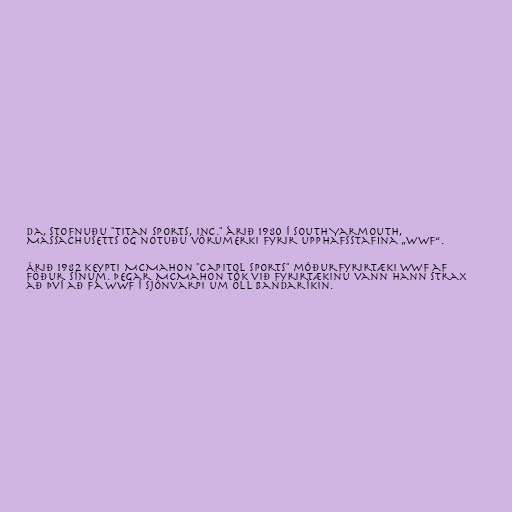
da, stofnuðu "Titan Sports, Inc." árið 1980 í South Yarmouth,
Massachusetts og notuðu vörumerki fyrir upphafsstafina „WWF“.

Árið 1982 keypti McMahon "Capitol Sports" móðurfyrirtæki WWF af
föður sínum. Þegar McMahon tók við fyrirtækinu vann hann strax
að því að fá WWF í sjónvarpi um öll Bandaríkin.